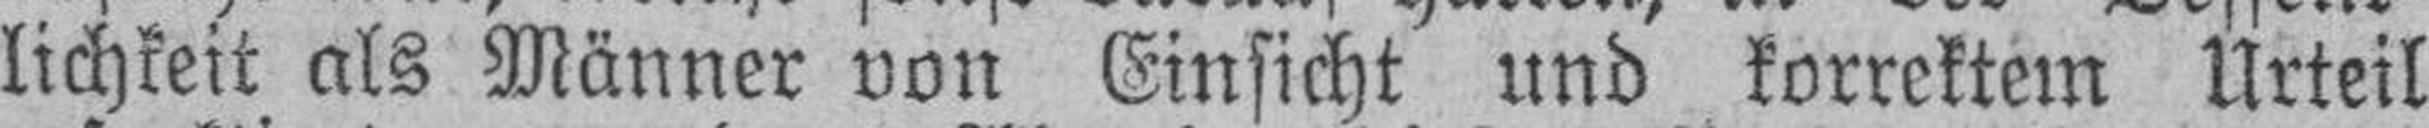
lichkeit als Männer von Einsicht und korrektem Urteil